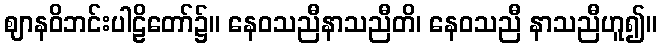
ဈာနဝိဘင်းပါဠိတော်၌။ နေဝသညီနာသညီတိ၊ နေဝသညီ နာသညီဟူ၍။